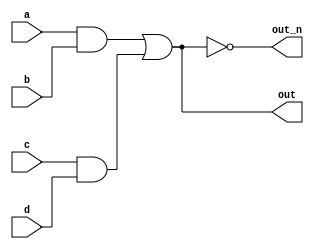
`default_nettype none
module top_module(
    input a,
    input b,
    input c,
    input d,
    output out,
    output out_n   ); 
    wire w1, w2,w3;
    and (w1, a,b);
    and (w2,c,d);
    or ( out, w1,w2);
    not (out_n, out);
    

endmodule